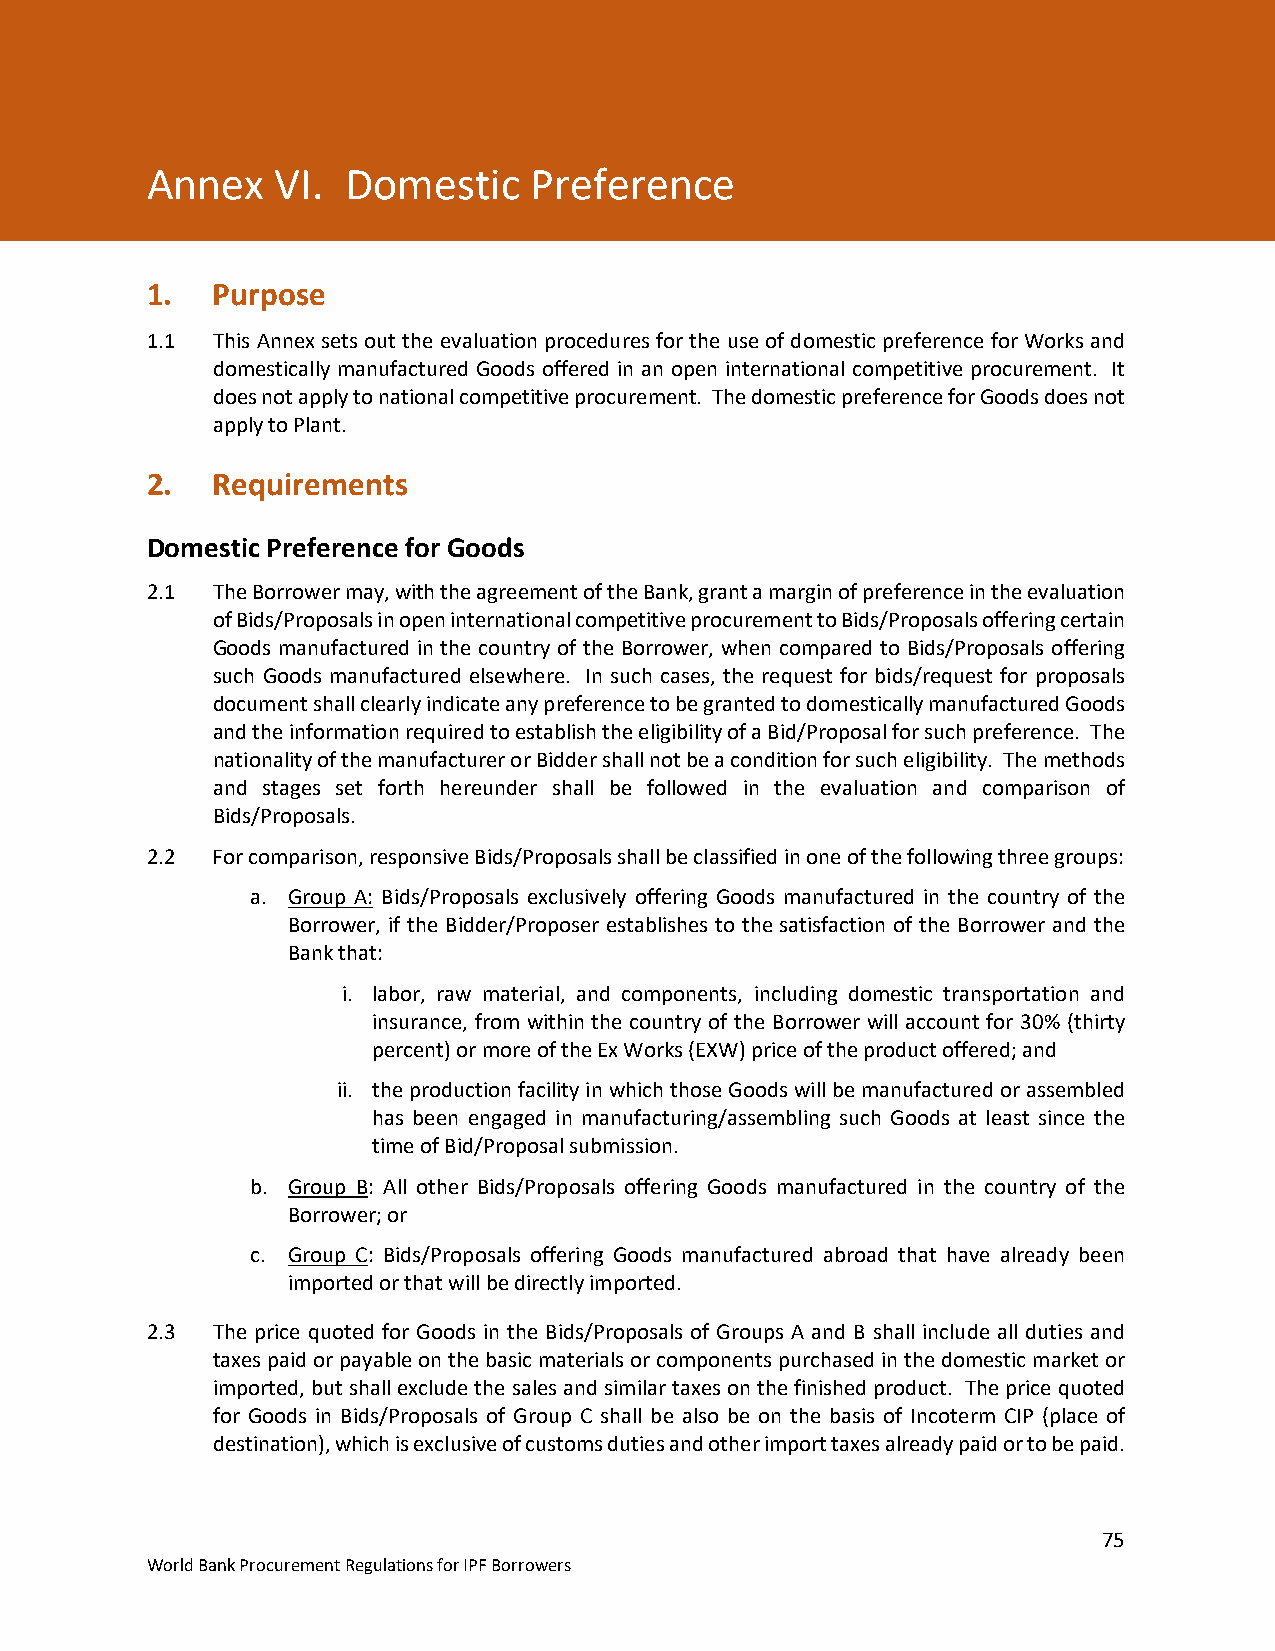
Annex VI. Domestic Preference
 Annex   VI.  Domestic    Preference
 Annex  VI. Domestic Preference
 1.  Purpose
 1.1 This Annex sets out the evaluation procedures for the use of domestic preference for Works and
 domestically manufactured Goods offered in an open international competitive procurement. It
 does not apply to national competitive procurement. The domestic preference for Goods does not
 apply to Plant.
 2.  Requirements
 Domestic Preference for Goods
 2.1 The Borrower may, with the agreement of the Bank, grant a margin of preference in the evaluation
 of Bids/Proposals in open international competitive procurement to Bids/Proposals offering certain
 Goods manufactured in the country of the Borrower, when compared to Bids/Proposals offering
 such Goods manufactured elsewhere. In such cases, the request for bids/request for proposals
 document shall clearly indicate any preference to be granted to domestically manufactured Goods
 and the information required to establish the eligibility of a Bid/Proposal for such preference. The
 nationality of the manufacturer or Bidder shall not be a condition for such eligibility. The methods
 and stages set forth hereunder shall be followed in the evaluation and comparison of
 Bids/Proposals.
 2.2 For comparison, responsive Bids/Proposals shall be classified in one of the following three groups:
 a. Group A: Bids/Proposals exclusively offering Goods manufactured in the country of the
 Borrower, if the Bidder/Proposer establishes to the satisfaction of the Borrower and the
 Bank that:
 i. labor, raw material, and components, including domestic transportation and
 insurance, from within the country of the Borrower will account for 30% (thirty
 percent) or more of the Ex Works (EXW) price of the product offered; and
 ii. the production facility in which those Goods will be manufactured or assembled
 has been engaged in manufacturing/assembling such Goods at least since the
 time of Bid/Proposal submission.
 b. Group B: All other Bids/Proposals offering Goods manufactured in the country of the
 Borrower; or
 c. Group C: Bids/Proposals offering Goods manufactured abroad that have already been
 imported or that will be directly imported.
 2.3 The price quoted for Goods in the Bids/Proposals of Groups A and B shall include all duties and
 taxes paid or payable on the basic materials or components purchased in the domestic market or
 imported, but shall exclude the sales and similar taxes on the finished product. The price quoted
 for Goods in Bids/Proposals of Group C shall be also be on the basis of Incoterm CIP (place of
 destination), which is exclusive of customs duties and other import taxes already paid or to be paid.
 75
 World Bank Procurement Regulations for IPF Borrowers